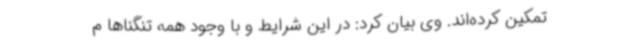
تمکین کرده‌اند. وی بیان کرد: در این شرایط و با وجود همه تنگناها م